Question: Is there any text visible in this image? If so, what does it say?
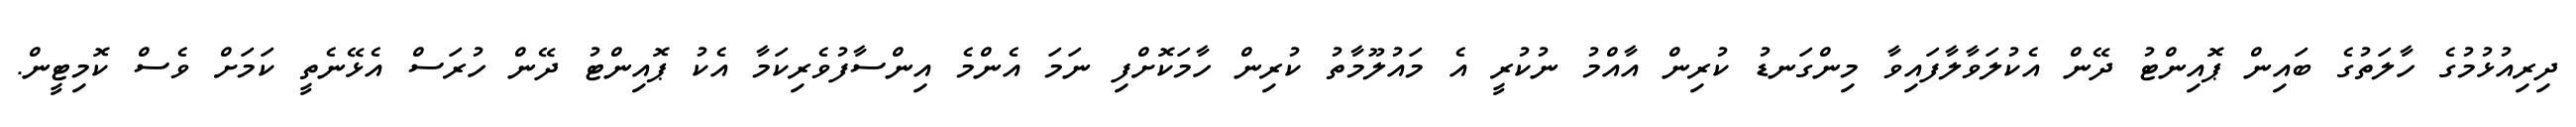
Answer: ދިރިއުޅުމުގެ ހާލަތުގެ ބައިން ޕޮއިންޓު ދޭން އެކުލަވާލާފައިވާ މިންގަނޑު ކުރިން އާއްމު ނުކުރީ އެ މައުލޫމާތު ކުރިން ހާމަކޮށްފި ނަމަ އެންމެ އިންސާފުވެރިކަމާ އެކު ޕޮއިންޓު ދޭން ހުރަސް އެޅޭނެތީ ކަމަށް ވެސް ކޮމިޓީން.